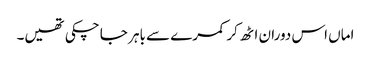
اماں اس دوران اٹھ کر کمرے سے باہر جا چکی تھیں۔